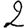
Digit: 2